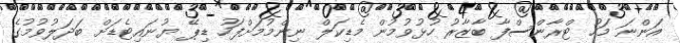
އަންނަ މަހު ޓްރާންސްފާ ބާޒާރު ހުޅުވުމުން މެޑިކަލް ނިންމުމަށްފަހު ޑިޕޭ ޔުނައިޓެޑަށް ބަދަލުވުމުގެ